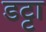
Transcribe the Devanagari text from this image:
डट्टा